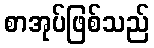
စာအုပ်ဖြစ်သည်